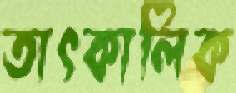
তাৎকালিক